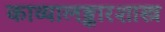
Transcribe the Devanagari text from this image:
काव्यालङ्कारशास्त्र